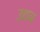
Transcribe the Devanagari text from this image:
उद्यन